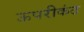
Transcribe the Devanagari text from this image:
ऊपरीकंठ